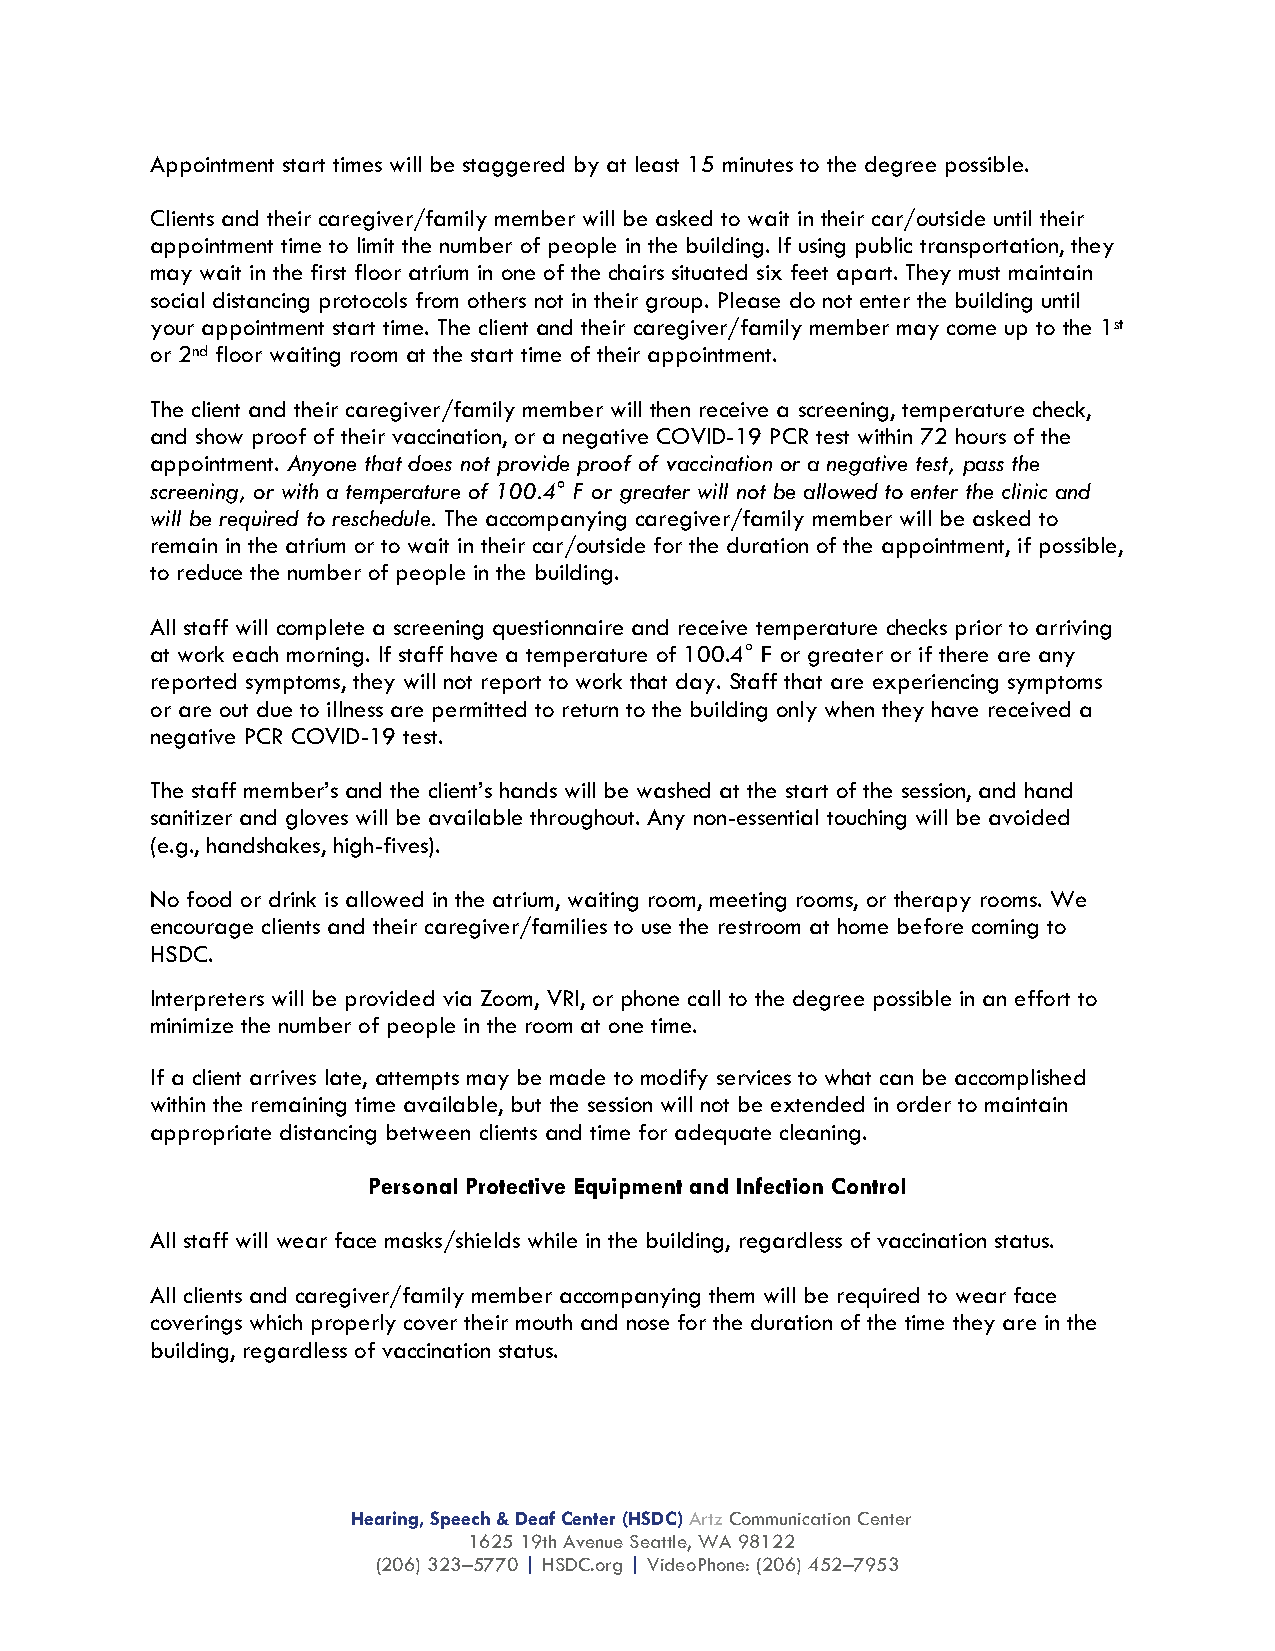
Appointment start times will be staggered by at least 15 minutes to the degree possible.
 Clients and their caregiver/family member will be asked to wait in their car/outside until their
 appointment time to limit the number of people in the building. If using public transportation, they
 may wait in the first floor atrium in one of the chairs situated six feet apart. They must maintain
 social distancing protocols from others not in their group. Please do not enter the building until
 your appointment start time. The client and their caregiver/family member may come up to the 1st
 or 2nd floor waiting room at the start time of their appointment.
 The client and their caregiver/family member will then receive a screening, temperature check,
 and show proof of their vaccination, or a negative COVID-19 PCR test within 72 hours of the
 appointment. Anyone that does not provide proof of vaccination or a negative test, pass the
 screening, or with a temperature of 100.4° F or greater will not be allowed to enter the clinic and
 will be required to reschedule. The accompanying caregiver/family member will be asked to
 remain in the atrium or to wait in their car/outside for the duration of the appointment, if possible,
 to reduce the number of people in the building.
 All staff will complete a screening questionnaire and receive temperature checks prior to arriving
 at work each morning. If staff have a temperature of 100.4° F or greater or if there are any
 reported symptoms, they will not report to work that day. Staff that are experiencing symptoms
 or are out due to illness are permitted to return to the building only when they have received a
 negative PCR COVID-19 test.
 The staff member’s and the client’s hands will be washed at the start of the session, and hand
 sanitizer and gloves will be available throughout. Any non-essential touching will be avoided
 (e.g., handshakes, high-fives).
 No food or drink is allowed in the atrium, waiting room, meeting rooms, or therapy rooms. We
 encourage clients and their caregiver/families to use the restroom at home before coming to
 HSDC.
 Interpreters will be provided via Zoom, VRI, or phone call to the degree possible in an effort to
 minimize the number of people in the room at one time.
 If a client arrives late, attempts may be made to modify services to what can be accomplished
 within the remaining time available, but the session will not be extended in order to maintain
 appropriate distancing between clients and time for adequate cleaning.
 Personal Protective Equipment and Infection Control
 All staff will wear face masks/shields while in the building, regardless of vaccination status.
 All clients and caregiver/family member accompanying them will be required to wear face
 coverings which properly cover their mouth and nose for the duration of the time they are in the
 building, regardless of vaccination status.
 Hearing, Speech & Deaf Center (HSDC) Artz Communication Center
 1625 19th Avenue Seattle, WA 98122
 (206) 323–5770 | HSDC.org | VideoPhone: (206) 452–7953